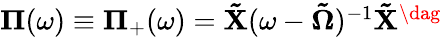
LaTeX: \begin{array}{r}{\mathbf{\Pi}(\omega)\equiv\mathbf{\Pi}_{+}(\omega)=\mathbf{\tilde{X}}(\omega-\mathbf{\tilde{\Omega}})^{-1}\mathbf{\tilde{X}}^{\dag}}\end{array}